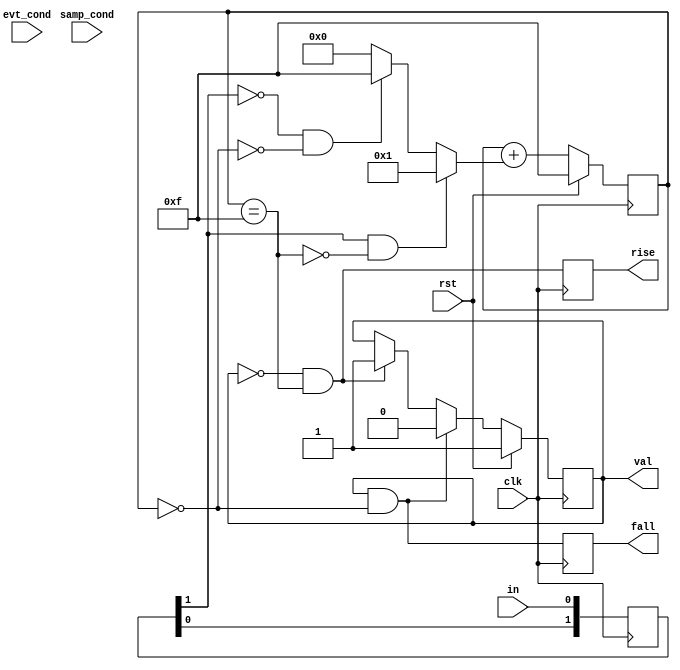
/*
 * glitch_filter.v
 *
 * vim: ts=4 sw=4
 *
 * Copyright (C) 2019-2020  Sylvain Munaut <tnt@246tNt.com>
 * SPDX-License-Identifier: CERN-OHL-P-2.0
 */

`default_nettype none

module glitch_filter #(
	parameter integer L = 4,
	parameter RST_VAL = 1'b1,
	parameter integer WITH_SYNCHRONIZER = 1,
	parameter integer WITH_SAMP_COND = 0,
	parameter integer WITH_EVT_COND = 0
)(
	input wire  in,
	input wire  samp_cond,	// Sampling condition
	input wire  evt_cond,	// Event condition

	output wire val,
	output reg  rise,
	output reg  fall,

	input  wire clk,
	input  wire rst
);
	// Signals
	wire [L-1:0] all_zero;
	wire [L-1:0] all_one;
	wire [L-1:0] all_rst;

	wire samp_cond_i = WITH_SAMP_COND ? samp_cond : 1'b1;
	wire evt_cond_i  = WITH_EVT_COND  ? evt_cond  : 1'b1;

	reg    [1:0] sync;
	reg          state;
	reg  [L-1:0] cnt;
	reg  [L-1:0] cnt_move;

	wire cnt_is_all_zero;
	wire cnt_is_all_one;

	// Constants
	assign all_zero = { L{1'b0} };
	assign all_one  = { L{1'b1} };
	assign all_rst  = { L{RST_VAL} };

	// Synchronizer
	if (WITH_SYNCHRONIZER)
		always @(posedge clk)
			sync <= { sync[0], in };
	else
		always @(*)
			sync = { in, in };

	// Filter
	always @(*)
	begin
		cnt_move = all_zero;

		if (samp_cond_i & sync[1] & ~cnt_is_all_one)
			cnt_move = 1;
		else if (samp_cond_i & ~sync[1] & ~cnt_is_all_zero)
			cnt_move = -1;
	end

	always @(posedge clk)
		if (rst)
			cnt <= all_rst;
		else
			cnt <= cnt + cnt_move;

	assign cnt_is_all_zero = (cnt == all_zero);
	assign cnt_is_all_one  = (cnt == all_one);

	// State
	always @(posedge clk)
		if (rst)
			state <= RST_VAL;
		else begin
			if (state & cnt_is_all_zero)
				state <= 1'b0;
			else if (~state & cnt_is_all_one)
				state <= 1'b1;
			else
				state <= state;
		end

	assign val = state;

	// Rise / Fall detection
	always @(posedge clk)
	begin
		if (~evt_cond_i) begin
			rise <= 1'b0;
			fall <= 1'b0;
		end else begin
			rise <= ~state & cnt_is_all_one;
			fall <=  state & cnt_is_all_zero;
		end
	end

endmodule // glitch_filter